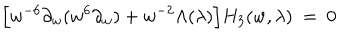
\Big [ w ^ { - 6 } \partial _ { w } ( w ^ { 6 } \partial _ { w } ) + w ^ { - 2 } \Lambda ( \lambda ) \Big ] H _ { 3 } ( w , \lambda ) \ = \ 0